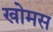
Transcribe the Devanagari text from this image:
खोमस